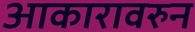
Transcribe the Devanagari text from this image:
आकारावरुन